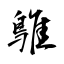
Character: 鵻